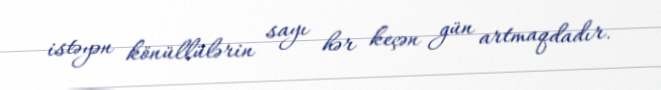
istəyən könüllülərin sayı hər keçən gün artmaqdadır.